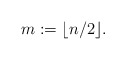
\begin{align*} m := \lfloor n/2 \rfloor.\end{align*}